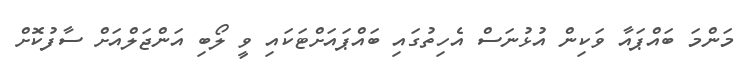
މަންމަ ބައްޕައާ ވަކިން އުޅުނަސް އެހިތުގައި ބައްޕައަށްޓަކައި ވީ ލޯބި އަންޖަލްއަށް ސާފުކޮށް